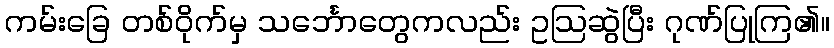
ကမ်းခြေ တစ်ဝိုက်မှ သင်္ဘောတွေကလည်း ဥဩဆွဲပြီး ဂုဏ်ပြုကြ၏။